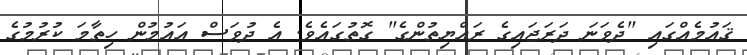
ޤައުމެއްގައި "ދެވަނަ ދަރަޖައިގެ ރައްޔިތުންގެ" ގޮތުގައެވެ. އެ ދުވަސް އައުމުން ހިތާމަ ކުރުމުގެ